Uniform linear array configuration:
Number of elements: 32
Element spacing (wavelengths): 0.25
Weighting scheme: hamming
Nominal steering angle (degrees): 60
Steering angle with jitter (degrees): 61.998
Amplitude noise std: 0.05
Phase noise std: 0.05

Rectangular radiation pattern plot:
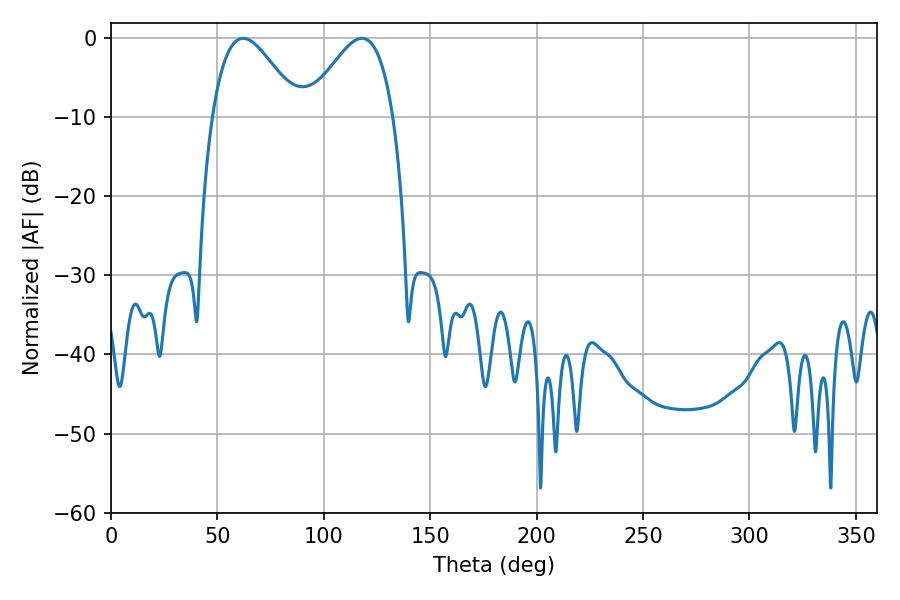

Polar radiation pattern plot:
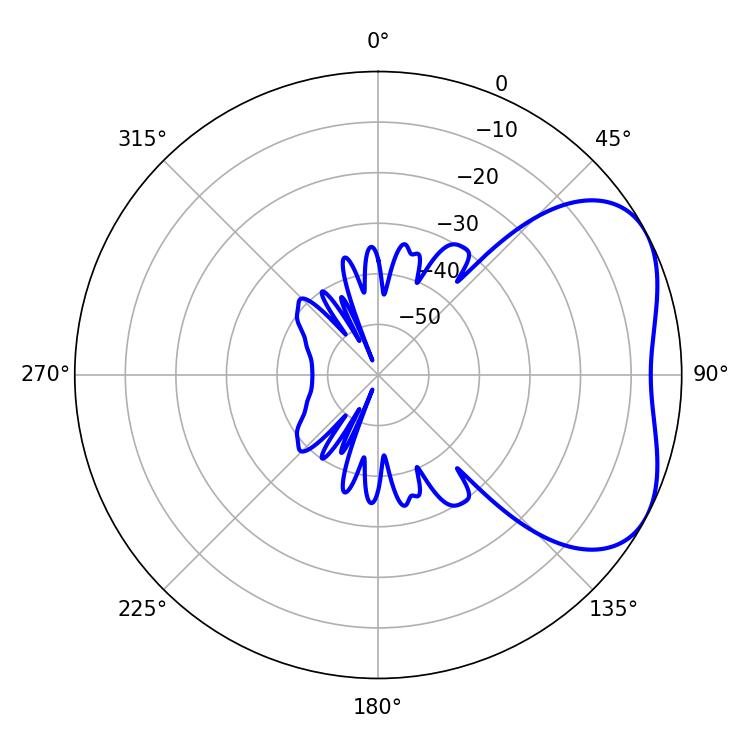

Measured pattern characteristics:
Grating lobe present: FALSE
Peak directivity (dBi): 4.211
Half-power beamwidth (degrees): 21.78
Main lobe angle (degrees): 62.1